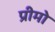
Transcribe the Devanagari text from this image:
प्रीमो